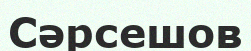
Сәрсешов